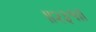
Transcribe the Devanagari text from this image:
॥२३१॥